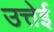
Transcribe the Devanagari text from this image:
उत्तेई